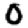
Digit: 0